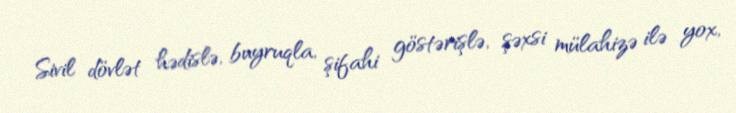
Sivil dövlət hədislə, buyruqla, şifahi göstərişlə, şəxsi mülahizə ilə yox,